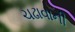
ચઢાવાની